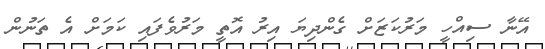
އޭނާ ސިއްހީ މަރުކަޒަށް ގެންދިޔަ އިރު އޮތީ މަރުވެފައި ކަމަށް އެ ތަނުން